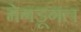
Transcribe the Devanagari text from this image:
मेगडूगल